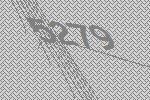
5279